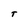
Character: T